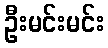
ဦးမင်းမင်း